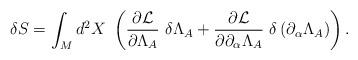
LaTeX: \begin{align*}\delta S=\int_{M}d^{2}X\mbox{ }\left( \frac{\partial {\cal L}}{\partial\Lambda _{A}}\mbox{ }\delta \Lambda _{A}+\frac{\partial {\cal L}}{\partial\partial _{\alpha }\Lambda _{A}}\mbox{ }\delta \left( \partial _{\alpha}\Lambda _{A}\right) \right) \mbox{.} \end{align*}